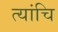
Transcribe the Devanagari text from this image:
त्यांचि